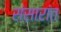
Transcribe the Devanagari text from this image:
संसारांत